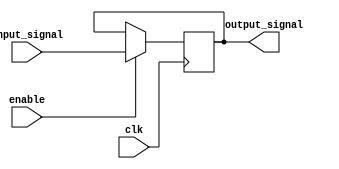
module level_sensitive_latch(
    input wire clk,
    input wire enable,
    input wire input_signal,
    output reg output_signal
);

always @(posedge clk) begin
    if(enable)
        output_signal <= input_signal;
end

endmodule